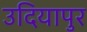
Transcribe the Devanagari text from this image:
उदियापुर